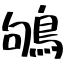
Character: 鴝